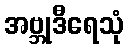
အဗ္ဘုဒီရေသုံ